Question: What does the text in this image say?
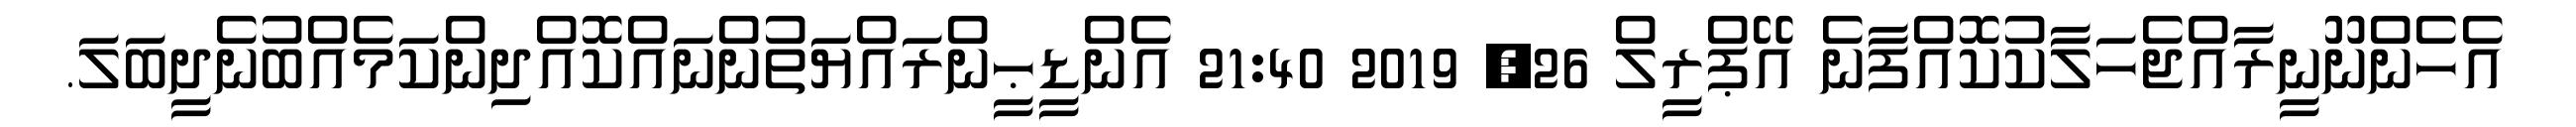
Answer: އެހެންނޫނީރާއްޖެހަލާކުކޮއްފާނެ އޭޕްރީލް 26, 2019 21:40 އެންޑީޙީންރައްޔަތުންނައްކޮއްދިންކަމެއްބުނެދީބަލަ.